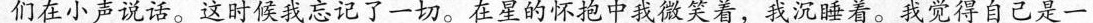
们在小声说话。这时候我忘记了一切。在星的怀抱中我微笑着，我沉睡着。我觉得自己是一